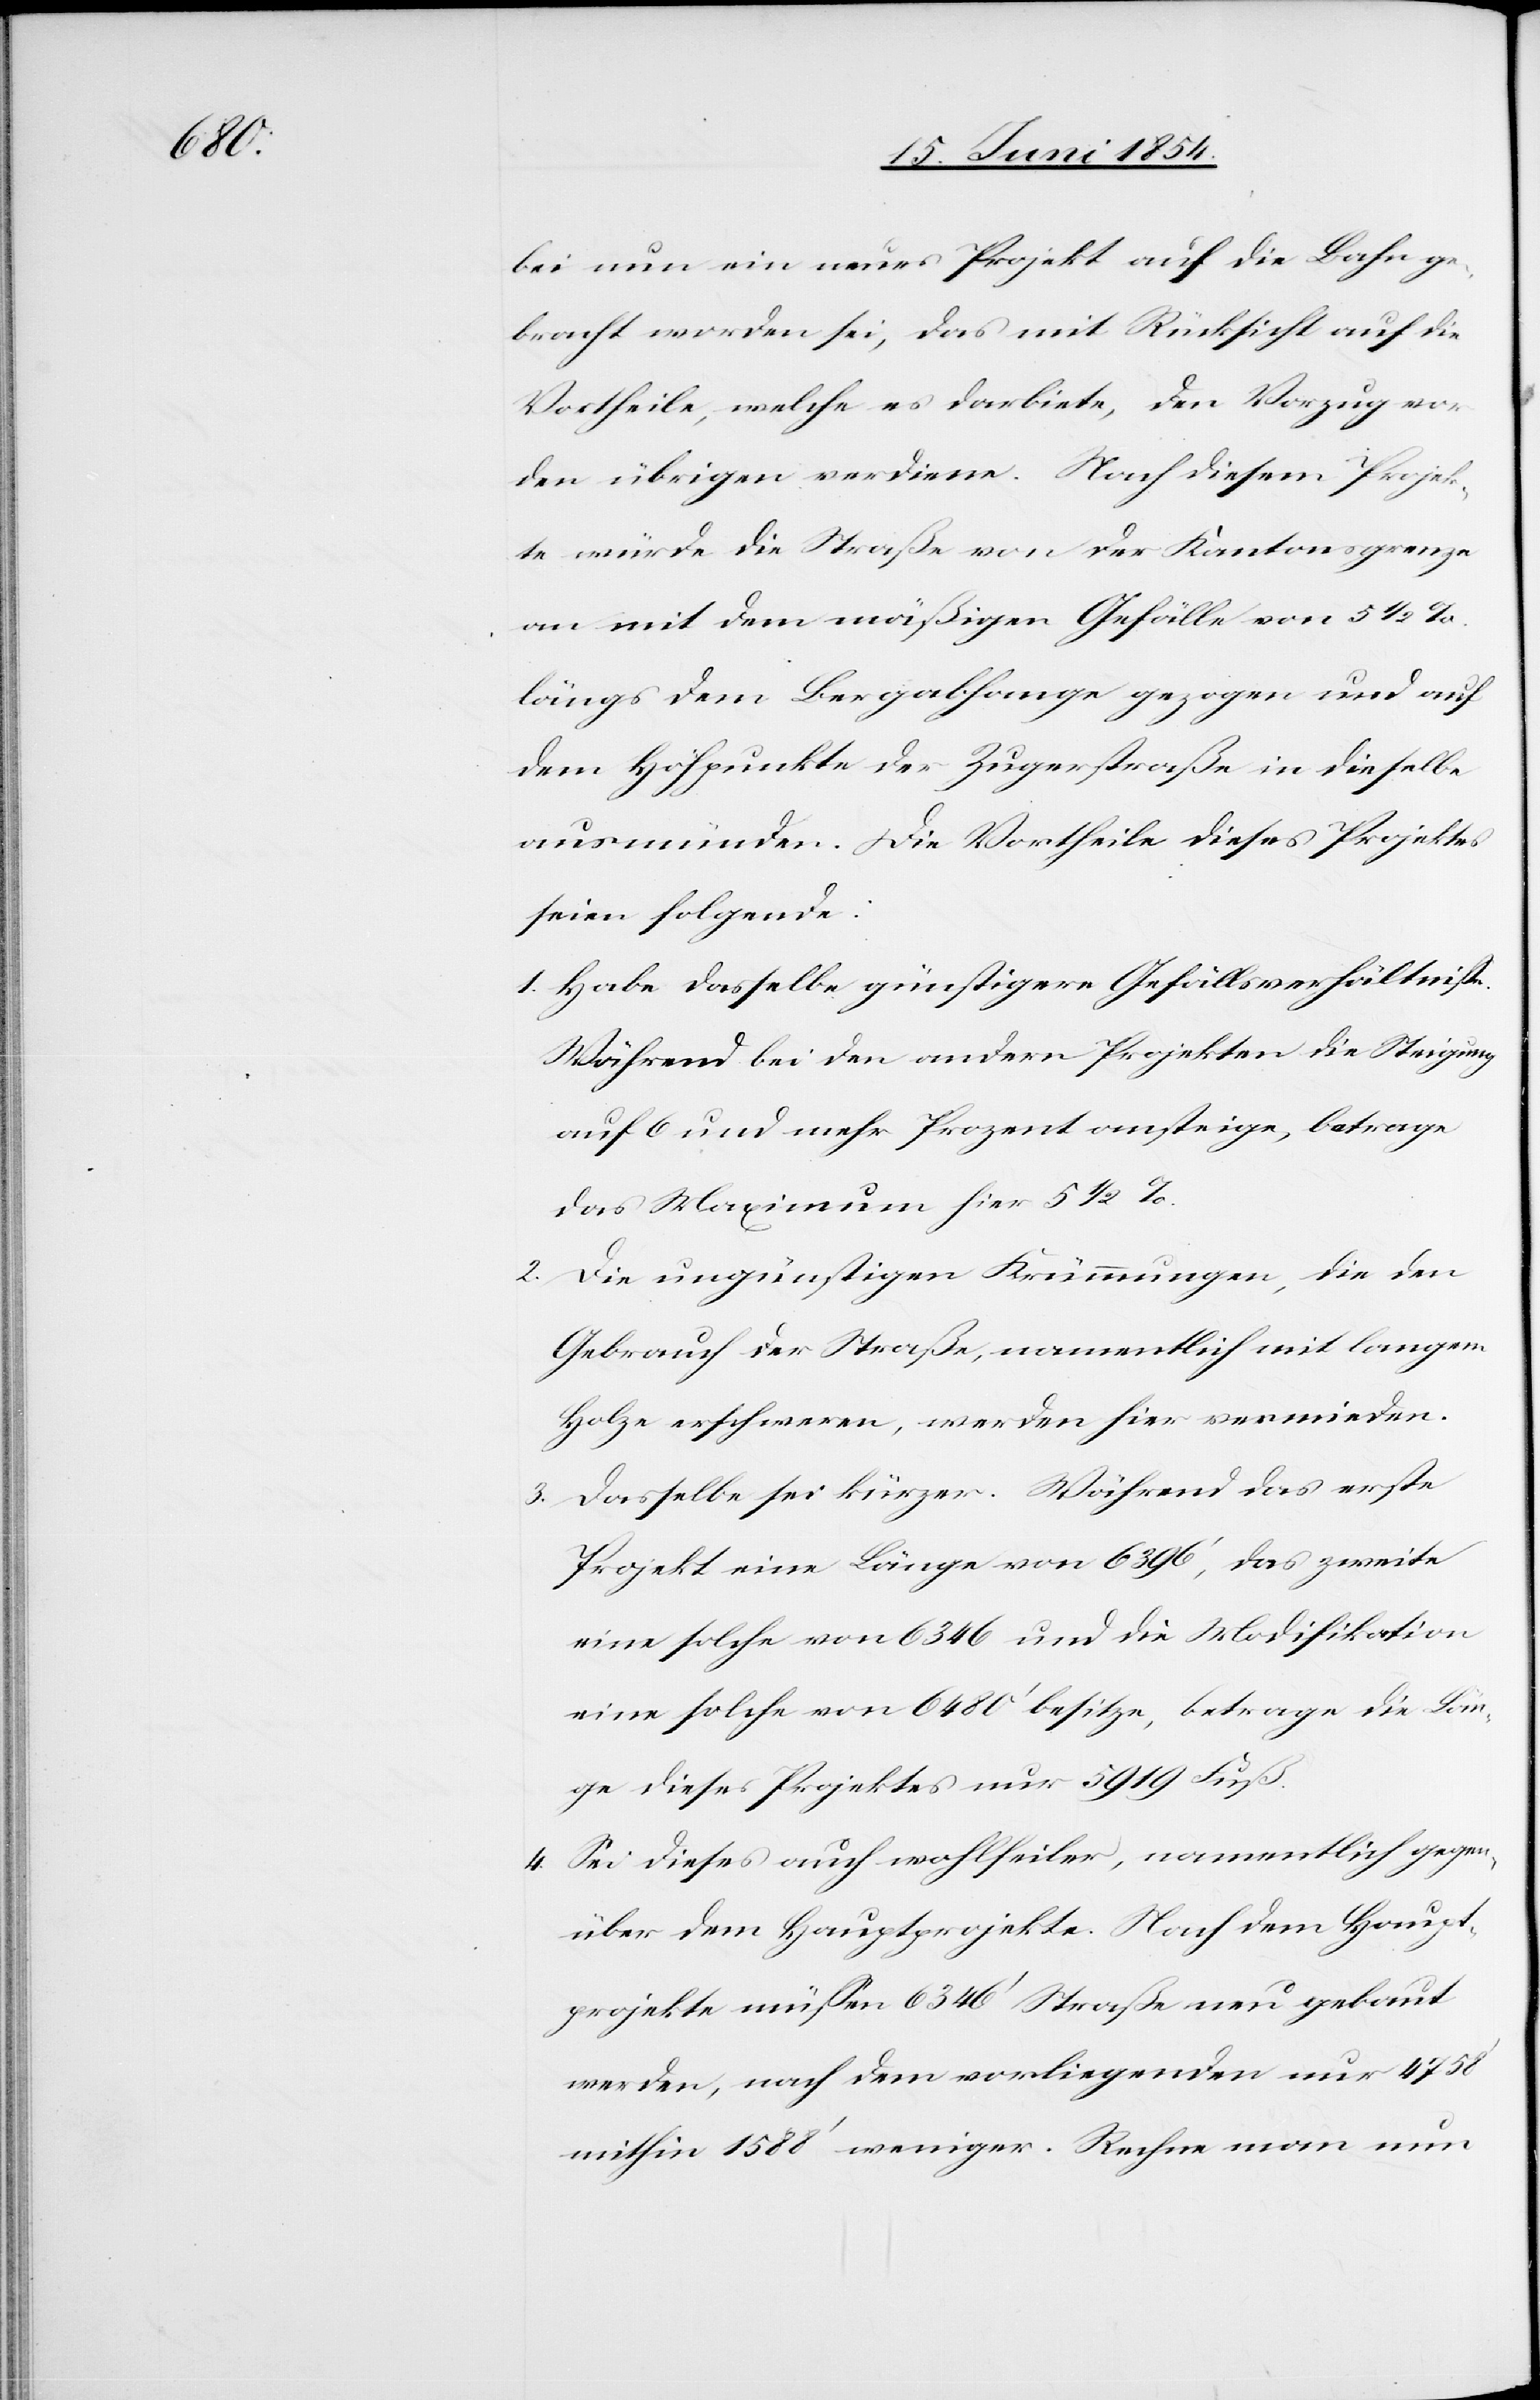
bei nun ein neues Projekt auf die Bahn ge¬
bracht worden sei, da mit Rücksicht auf die
Vortheile, welche es darbiete, den Vorzug vor
den übrigen verdiene. Nach diesem Projek¬
te würde die Straße von der Kantonsgrenze
an mit dem mäßigen Gefälle von 5 1/2
längs dem Bergabhange gezogen und auf
dem Höhpunkte der Zugerstraße in dieselbe
ausmünden. Die Vortheile dieses Projektes
seien folgende:
1. Habe dasselbe günstigere Gefällsverhältniße.
Während bei den andern Projekten die Steigung
auf 6 und mehr Prozent ansteige, betrage
das Maximum hier 5 1/2 %.
2. Die ungünstigen Krümmungen, die den
Gebrauch der Straßen, namentlich mit langem
Holze erschweren, werden hier vermieden.
3. Dasselbe sei kürzer. Während das erste
Projekt eine Länge von 6396‘, das zweite
eine solche von 6346 und die Modifikation
eine solche von 6480‘ besitze, betrage die Län¬
ge dieses Projektes nur 5919 Fuß.
4. Sei dieses auch wohlfeiler, namentlich gegen¬
über dem Hauptprojekte. Nach dem Haupt¬
projekte müßen 6346‘ Straße neu gebaut
werden, nach dem vorliegenden nur 4758‘
mithin 1588‘ weniger. Rechne man nun